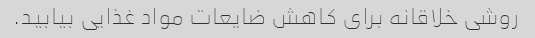
روشی خلاقانه برای کاهش ضایعات مواد غذایی بیابید.